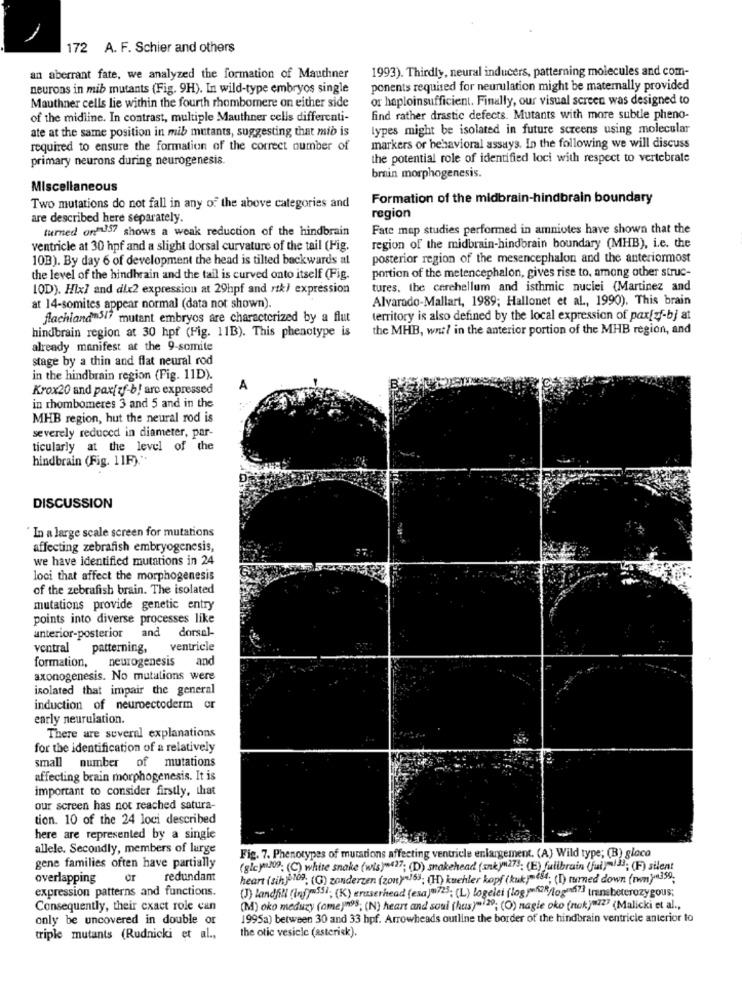
172 A. F. Schier and others
1993). Thirdly, neural inducers, patterning molecules and com-
an aberrant fate, we analyzed the formation of Mauthner
neurons in mib mutants (Fig. 9H). In wild-type embryos single
ponents required for neurulation might be materally provided
Mauthner cells lie within the fourth rhombomere on either side
or haploinsufficient. Finally, our visual screen was designed to
of the midline. In contrast, multiple Mauthner cells differenti-
find rather drastic defects. Mutants with more subtle pheno-
ate at the same position in mib mutants, suggesting that mib is
lypes might be isolated in future screens using molecular
required to ensure the formation of the correct number of
markers or behavioral assays. In the following we will discuss
primary neurons during neurogenesis.
the potential role of identified loci with respect to vertebrate
brain morphogenesis.
Miscellaneous
Formation of the midbrain-hindbrain boundary
Two mutations do not fall in any of the above categories and
are described here separately.
region
turned on"357 shows a weak reduction of the hindbrain
Fate map studies performed in amniotes have shown that the
ventricle at 30 hpf and a slight dorsal curvature of the tail (Fig.
region of the midbrain-hindbrain boundary (MHB), i.e. the
10B). By day 6 of development the head is tilted backwards at
posterior region of the mesencephalon and the anteriormost
the level of the hindhrain and the tail is curved onto itself (Fig.
portion of the metencephalon, gives rise to, among other struc-
10D). Hix] and dix2 expression at 29hpf and rtk) expression
tures, the cerebellum and isthmic nuclei (Martinez and
Alvarado-Mallart, 1989; Hallonet et al ., 1990). This brain
at 14-somites appear normal (data not shown).
flachland 517 mutant embryos are characterized by a flut
territory is also defined by the local expression of pax[zf-bj at
hindbrain region at 30 hpf (Fig. 11B). This phenotype is
the MHB, wnt/ in the anterior portion of the MHB region, and
already manifest at the 9-somite
stage by a thin and flat neural rod
in the hindbrain region (Fig. 11D).
Krox20 and pax[ zf-b! are expressed
A
in rhombomeres 3 and 5 and in the
MHB region, hut the neural rod is
severely reduced in diameter, par-
ticularly at the level of the
hindbrain (Fig. 11F)."
DISCUSSION
In a large scale screen for mutations
affecting zebrafish embryogenesis,
we have identified mutations in 24
loci that affect the morphogenesis
of the zebrafish brain. The isolated
mutations provide genetic entry
points into diverse processes like
anterior-posterior and dorsal-
ventral patterning,
ventricle
neurogenesis
and
formation,
axonogenesis. No mutations were
isolated that impair the general
induction of neuroectoderm or
early neurulation.
There are several explanations
for the identification of a relatively
small number of mutations
affecting brain morphogenesis. It is
important to consider firstly, that
our screen has not reached satura-
tion. 10 of the 24 loci described
here are represented by a single
allele. Secondly, members of large
Fig. 7. Phenotypes of mutations affecting ventricle enlargement. (A) Wild type; (B) glaca
gene families often have partially
(glc)9; (C) white snake (wis)"427; (D) snakehead (snky 273; (E) fullbrain (fui)-133; (F) silent
overlapping
or
redundant
heart (sih) 109; (G) zanderzen (zony"163; (H) kuehler kopf (kuk)-484; (I) turned down (tm).359;
expression patterns and functions.
(J) landfill (ing)-551; (K) eraserhead (esa)m725; (L) logelei (logjak2Mogm73 transheterozygous;
Consequently, their exact role can
(M) oko meduzy (ome jn95; (N) heart and soul (hus)-129; (O) nagie oko (nok)"727 (Malicki et al .,
only be uncovered in double or
1995a) between 30 and 33 hpf. Arrowheads outline the border of the hindbrain ventricle anterior lo
triple mutants (Rudnicki et al .,
the otic vesicle (asterisk).